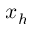
x _ { h }